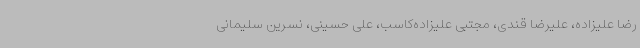
رضا علیزاده، علیرضا قندی، مجتبی علیزاده‌کاسب، علی حسینی، نسرین سلیمانی